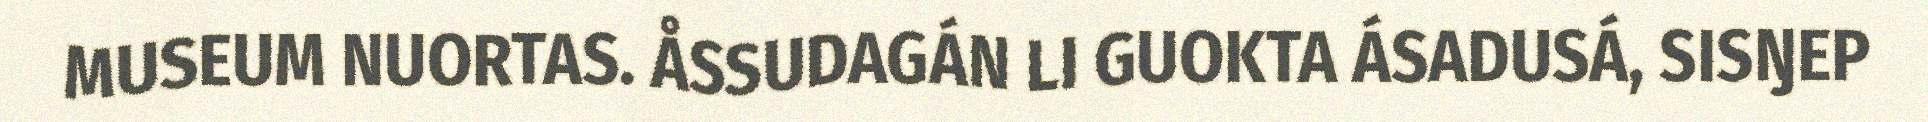
MUSEUM NUORTAS. ÅSSUDAGÁN LI GUOKTA ÁSADUSÁ, SISŊEP